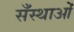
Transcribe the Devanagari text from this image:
सँस्थाओं